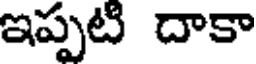
ఇప్పటి దాకా